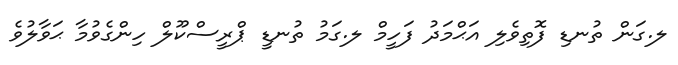
ލ.ގަން ތުނޑި ފޮތިވެލި އަޙްމަދު ފަހީމް ލ.ގަމު ތުނޑީ ޕްރީސްކޫލް ހިންގެވުމާ ޙަވާލުވެ